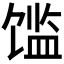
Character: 𲋪